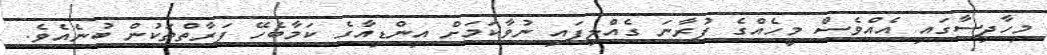
މިހާދިސާގައި އެއްވެސް މީހެއްގެ ފުރާނަ ގެއްލިފައި ނުވާކަމަށް އިންޑިއާގެ ކަމާބެހޭ ފަރާތްތަކުން ބުނެއެވެ.